Annual report of the Imperial Bacteriological Laboratory, Muktesar
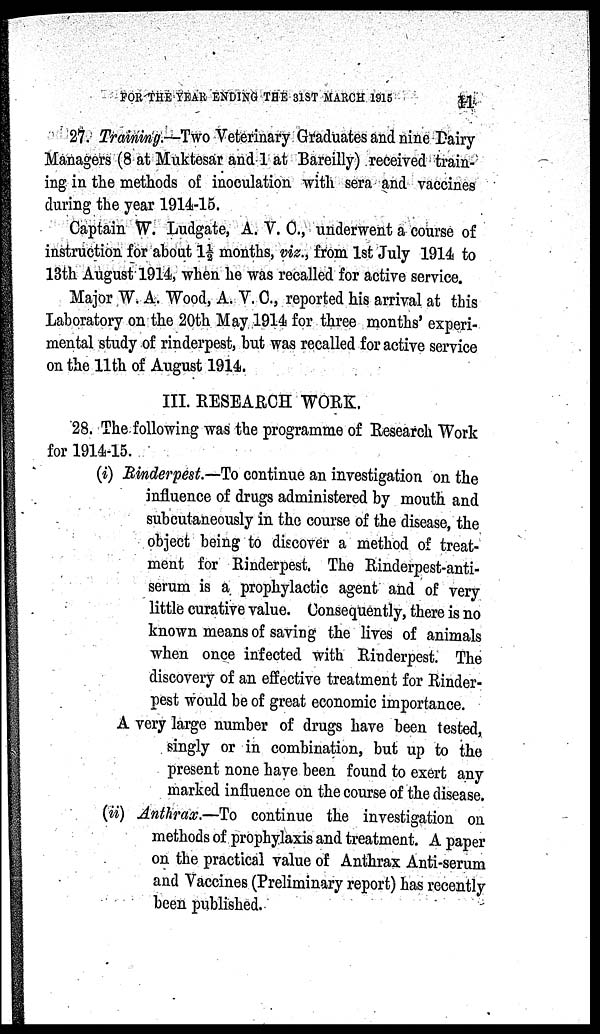
FOR THE YEAR ENDING THE 31ST MARCH.
1915
11
27. Training.—TWO Veterinary Graduates and nine Dairy
Managers (8 at Muktesar and 1 at Bareilly) received train-
ing in the methods of inoculation with sera and vaccines
during the year 1914-15.
Captain W. Ludgate, A. V. C., underwent a course of
instruction for about 1½ months, viz., from 1st July 1914 to
13th August 1914, when he was recalled for active service.
Major W. A. Wood, A. V. C., reported his arrival at this
Laboratory on the 20th May 1914 for three months' experi-
mental study of rinderpest, but was recalled for active service
on the 11th of August 1914.
III. RESEARCH WORK.
28. The following was the programme of Research Work
for 1914-15.
(i) Rinderpest.—To continue an investigation on the
influence of drugs administered by mouth and
subcutaneously in the course of the disease, the
object being to discover a method of treat-
ment for Rinderpest. The Rinderpest-anti-
serum is a prophylactic agent and of very
little curative value. Consequently, there is no
known means of saving the lives of animals
when once infected with Rinderpest. The
discovery of an effective treatment for Rinder-
pest would be of great economic importance.
A very large number of drugs have been tested,
singly or in combination, but up to the
present none have been found to exert any
marked influence on the course of the disease.
(ii) Anthrax.—To continue the investigation on
methods of prophylaxis and treatment. A paper
on the practical value of Anthrax Anti-serum
and Vaccines (Preliminary report) has recently
been published.